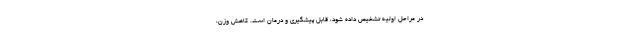
در مراحل اولیه تشخیص داده شود، قابل پیشگیری و درمان است. کاهش وزن،